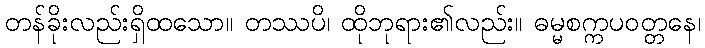
တန်ခိုးလည်းရှိထသော။ တဿပိ၊ ထိုဘုရား၏လည်း။ ဓမ္မစက္ကပဝတ္တနေ၊